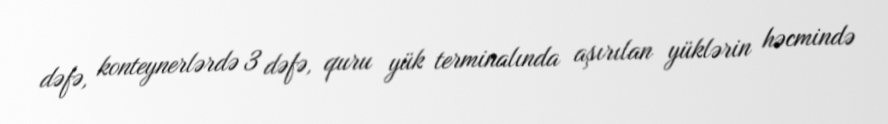
dəfə, konteynerlərdə 3 dəfə, quru yük terminalında aşırılan yüklərin həcmində